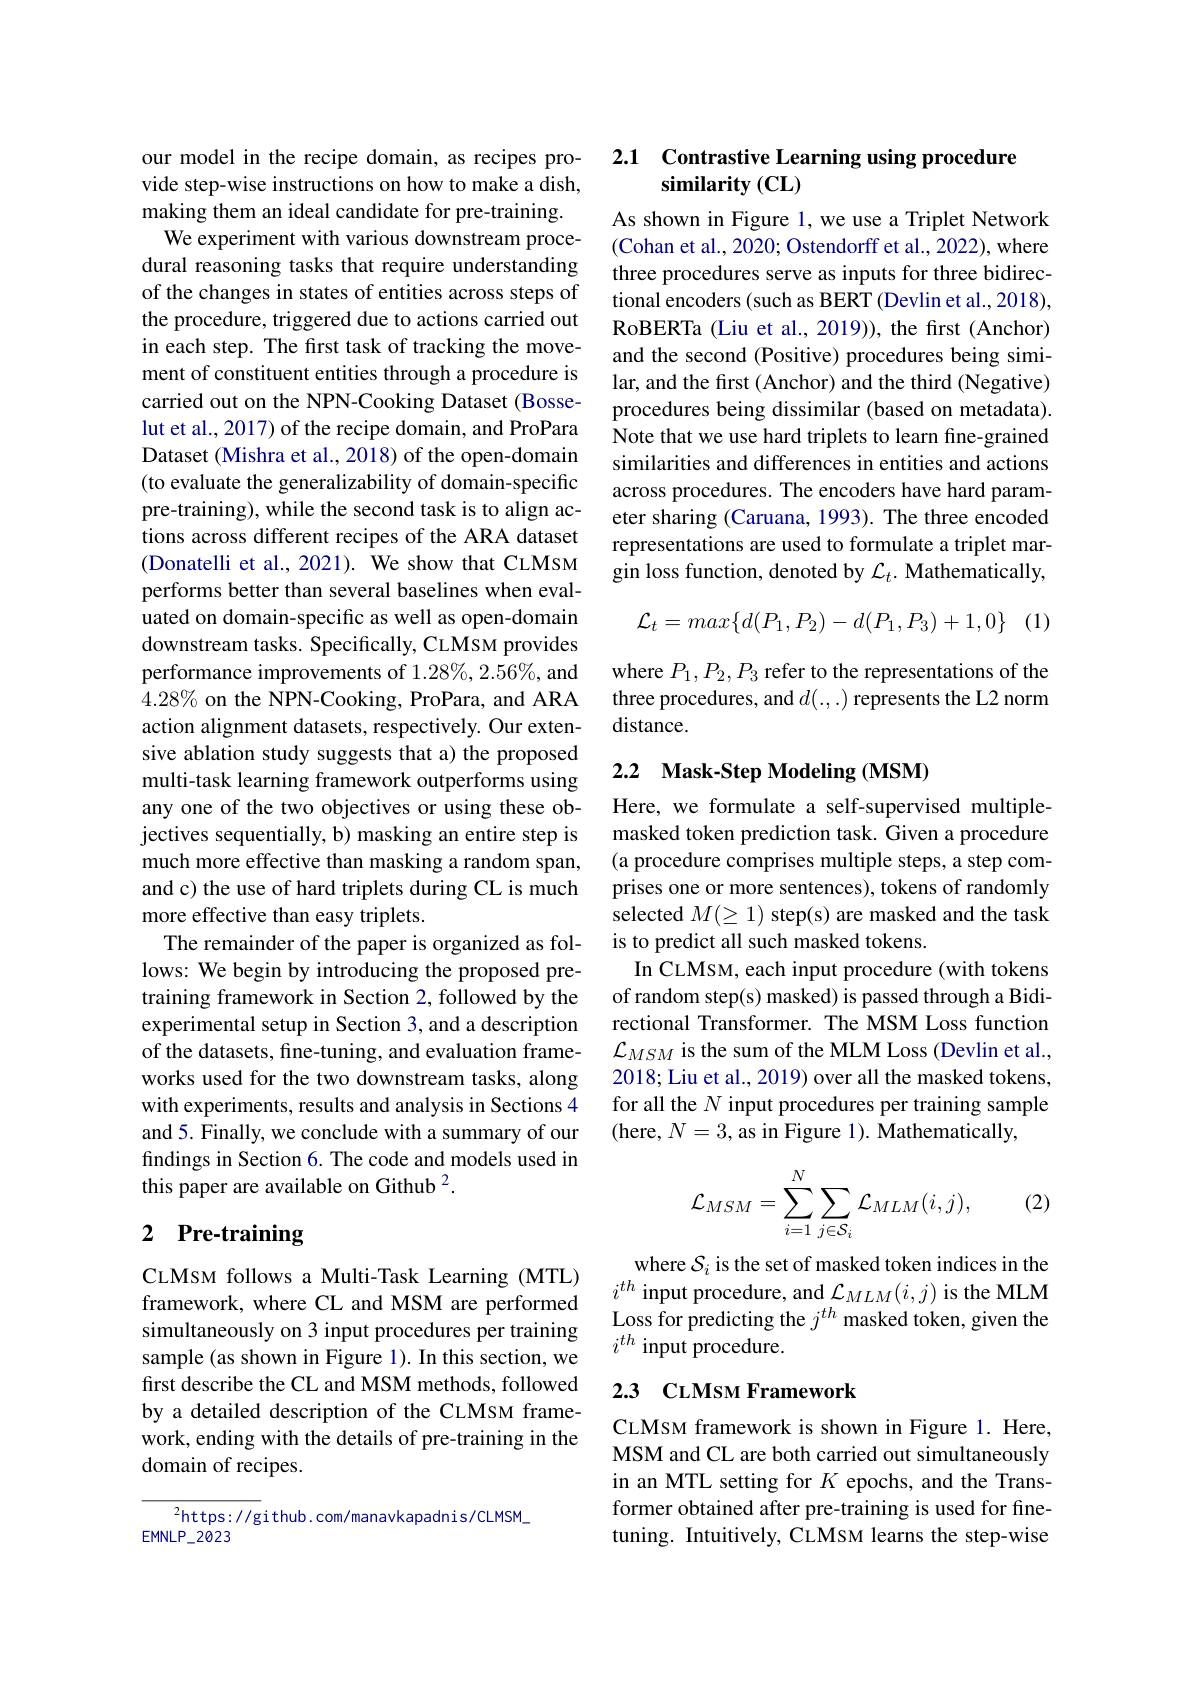
our model in the recipe domain, as recipes provide step-wise instructions on how to make a dish, making them an ideal candidate for pre-training.
We experiment with various downstream procedural reasoning tasks that require understanding of the changes in states of entities across steps of the procedure, triggered due to actions carried out in each step. The frst task of tracking the movement of constituent entities through a procedure is carried out on the NPN-Cooking Dataset (Bosselut et al., 2017) of the recipe domain, and ProPara Dataset (Mishra et al., 2018) of the open-domain (to evaluate the generalizability of domain-specific pre-training), while the second task is to align actions across different recipes of the ARA dataset (Donatelli et al., 2021). We show that CLMSM performs better than several baselines when evaluated on domain-specific as well as open-domain downstream tasks. Specifically, CLMsM provides performance improvements of 1.28%, 2.56%, and $4.28\%$ on the NPN-Cooking, ProPara, and ARA action alignment datasets, respectively. Our extensive ablation study suggests that a) the proposed multi-task learning framework outperforms using any one of the two objectives or using these objectives sequentially, b) masking an entire step is much more effective than masking a random span, and c) the use of hard triplets during CL is much more effective than easy triplets.
The remainder of the paper is organized as follows: We begin by introducing the proposed pretraining framework in Section 2, followed by the experimental setup in Section 3, and a description of the datasets, fine-tuning, and evaluation frameworks used for the two downstream tasks, along with experiments, results and analysis in Sections 4 and 5. Finally, we conclude with a summary of our findings in Section 6. The code and models used in this paper are available on Github $^{2}.$

## 2 Pre-training

CLMSM follows a Multi-Task Learning (MTL) framework, where CL and MSM are performed simultaneously on 3 input procedures per training sample (as shown in Figure 1). In this section, we first describe the CL and MSM methods, followed by a detailed description of the CLMSM framework, ending with the details of pre-training in the domain of recipes.

$^2$https: //github. com/manavkapadnis/CLMSM\_
$EMNLP_2023$

# 2.1 Contrastive Learning using procedure ${\mathbf{similarity}}\left(\mathbf{CL}\right)$

As shown in Figure 1, we use a Triplet Network (Cohan et al., 2020; Ostendorff et al., 2022), where three procedures serve as inputs for three bidirectional encoders (such as BERT (Devlin et al., 2018), RoBERTa (Liu et al., 2019)), the frst (Anchor) and the second (Positive) procedures being similar, and the first (Anchor) and the third (Negative) procedures being dissimilar (based on metadata). Note that we use hard triplets to learn fine-grained similarities and differences in entities and actions across procedures. The encoders have hard parameter sharing (Caruana, 1993). The three encoded representations are used to formulate a triplet margin loss function, denoted by $\mathcal{L}_t.$ Mathematically,
$$\mathcal{L}_{t}=max\{d(P_{1},P_{2})-d(P_{1},P_{3})+1,0\}$$
(1)

where $P_1,P_2,P_3$ refer to the representations of the three procedures, and $d(.,.)$ represents the L2 norm distance.

## 2.2 Mask-Step Modeling (MSM)

Here, we formulate a self-supervised multiplemasked token prediction task. Given a procedure (a procedure comprises multiple steps, a step comprises one or more sentences), tokens of randomly selected $M(\geq1)$ step(s) are masked and the task is to predict all such masked tokens.
In CLMSM, each input procedure (with tokens of random step(s) masked) is passed through a Bidirectional Transformer. The MSM Loss function $\mathcal{L}_{MSM}$ is the sum of the MLM Loss (Devlin et al., 2018; Liu et al., 2019) over all the masked tokens, for all the $N$ input procedures per training sample (here, $N=3$, as in Figure 1). Mathematically,

(2)
$$\mathcal{L}_{MSM}=\sum_{i=1}^{N}\sum_{j\in\mathcal{S}_{i}}\mathcal{L}_{MLM}(i,j),$$
where $\mathcal{S}_i$ is the set of masked token indices in the $i^{th}$ input procedure, and $\mathcal{L}_MLM(i,j)$ is the MLM Loss for predicting the $j^{th}$ masked token, given the $i^{th}$ input procedure.

## 2.3 CLMsM Framework

CLMsM framework is shown in Figure 1. Here, MSM and CL are both carried out simultaneously in an MTL setting for $K$ epochs, and the Transformer obtained after pre-training is used for finetuning. Intuitively, CLMsM learns the step-wise